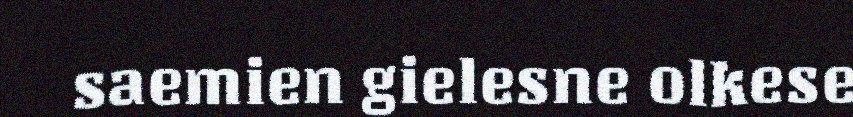
saemien gielesne olkese